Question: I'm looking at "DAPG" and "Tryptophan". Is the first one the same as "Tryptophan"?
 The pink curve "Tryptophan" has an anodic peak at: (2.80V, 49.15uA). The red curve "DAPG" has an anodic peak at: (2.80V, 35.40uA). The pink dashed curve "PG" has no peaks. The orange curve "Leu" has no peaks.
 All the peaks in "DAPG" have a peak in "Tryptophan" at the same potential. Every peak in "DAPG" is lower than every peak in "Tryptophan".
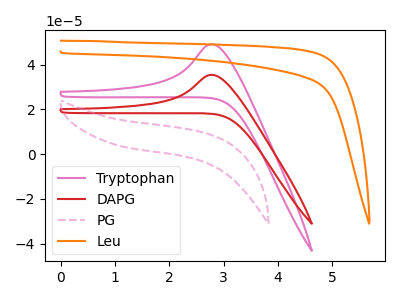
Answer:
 <answer>"DAPG" and "Tryptophan" are similar in shape.</answer>
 <eval>same_shape</eval>